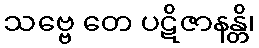
သဗ္ဗေ တေ ပဋိဇာနန္တိ၊